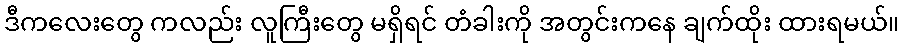
ဒီကလေးတွေ ကလည်း လူကြီးတွေ မရှိရင် တံခါးကို အတွင်းကနေ ချက်ထိုး ထားရမယ်။